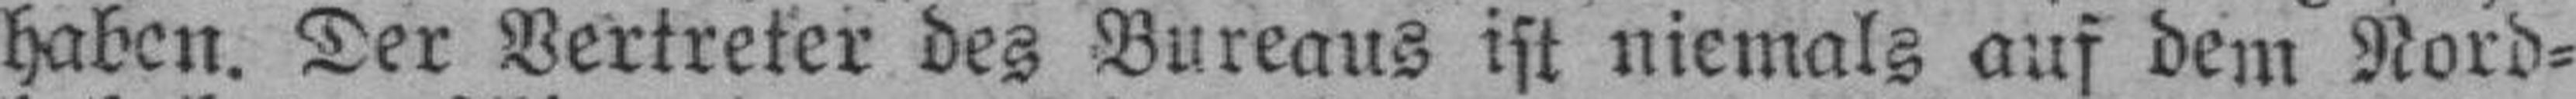
haben. Der Vertreter des Bureaus ist niemals auf dem Nord¬